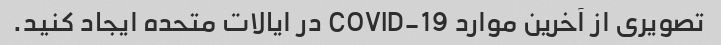
تصویری از آخرین موارد COVID-19 در ایالات متحده ایجاد کنید.